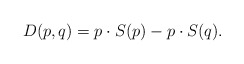
\begin{align*} D(p,q) = p\cdot S(p) - p\cdot S(q).\end{align*}